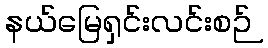
နယ်မြေရှင်းလင်းစဉ်